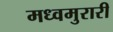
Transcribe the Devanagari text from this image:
मध्वमुरारी